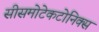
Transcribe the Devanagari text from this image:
सीसमोटेकटोनिक्‍स